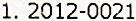
1. 2012-0021